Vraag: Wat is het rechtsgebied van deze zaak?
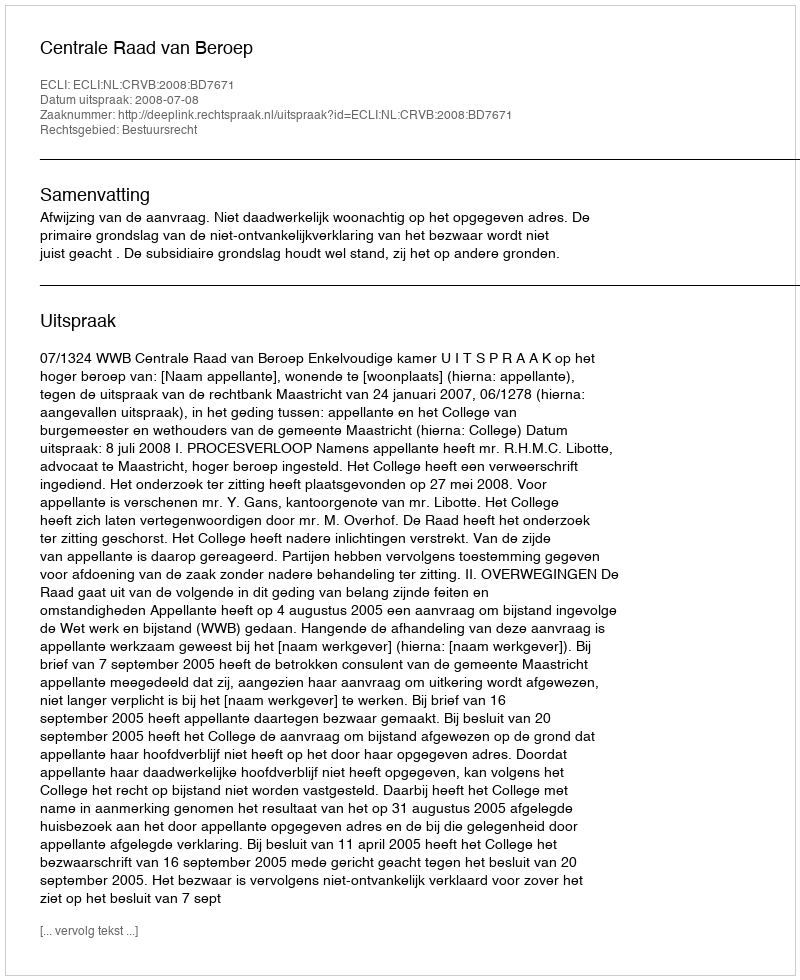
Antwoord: Bestuursrecht